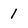
Character: 1